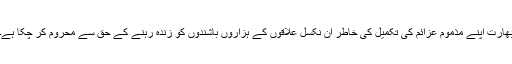
بھارت اپنے مذموم عزائم کی تکمیل کی خاطر ان نکسل علاقوں کے ہزاروں باشندوں کو زندہ رہنے کے حق سے محروم کر چکا ہے۔